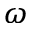
\omega